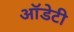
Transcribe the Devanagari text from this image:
ऑडेटी